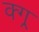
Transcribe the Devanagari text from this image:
क्ग्र्